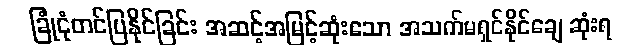
ခြုံငုံတင်ပြနိုင်ခြင်း အဆင့်အမြင့်ဆုံးသော အသက်မရှင်နိုင်ချေ ဆုံးရ